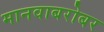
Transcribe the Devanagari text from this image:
मानवाबरोबर